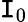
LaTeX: \mathtt{I}_{0}